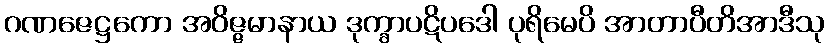
ဂဏဇေဋ္ဌကော အဝိဇ္ဇမာနာယ ဒုက္ခာပဋိပဒေါ ပုရိမေပိ အာတာပီတိအာဒီသု